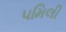
૫મિલી